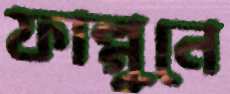
ফাল্গুনে